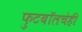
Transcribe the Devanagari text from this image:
फुटबॉलचेही